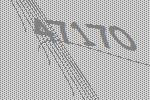
47170